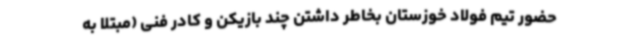
حضور تیم فولاد خوزستان بخاطر داشتن چند بازیکن و کادر فنی (مبتلا به